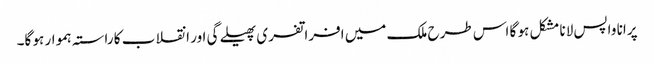
پرانا واپس لانا مشکل ہو گا اس طرح ملک میں افراتفری پھیلے گی اور انقلاب کا راستہ ہموار ہو گا۔